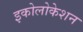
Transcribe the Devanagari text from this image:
इकोलोकेशन